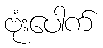
ဗုံးပေါက်